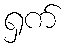
ရှက်